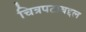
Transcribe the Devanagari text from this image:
चित्रपटाबद्दल